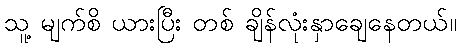
သူ့ မျက်စိ ယားပြီး တစ် ချိန်လုံးနှာချေနေတယ်။